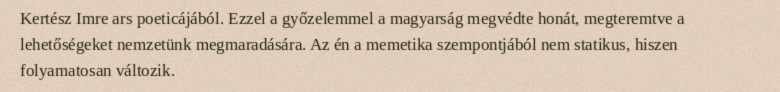
Kertész Imre ars poeticájából. Ezzel a győzelemmel a magyarság megvédte honát, megteremtve a lehetőségeket nemzetünk megmaradására. Az én a memetika szempontjából nem statikus, hiszen folyamatosan változik.